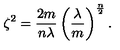
\zeta ^ { 2 } = \frac { 2 m } { n \lambda } \left( \frac { \lambda } { m } \right) ^ { \frac { n } { 2 } } .